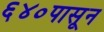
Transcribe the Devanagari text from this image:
६४०पासून